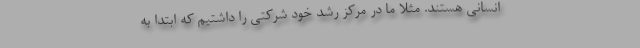
انسانی هستند. مثلا ما در مرکز رشد خود شرکتی را داشتیم که ابتدا به